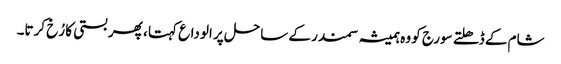
شام کے ڈھلتے سورج کو وہ ہمیشہ سمندر کے ساحل پر الوداع کہتا ، پھر بستی کا رُخ کرتا۔